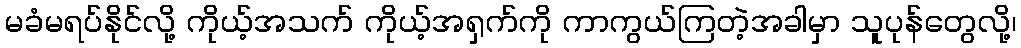
မခံမရပ်နိုင်လို့ ကိုယ့်အသက် ကိုယ့်အရှက်ကို ကာကွယ်ကြတဲ့အခါမှာ သူပုန်တွေလို့၊